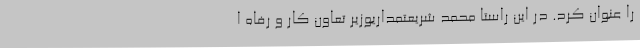
را عنوان کرد. در این راستا محمد شریعتمداریوزیر تعاون کار و رفاه ا